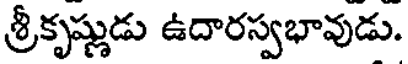
శ్రీకృష్ణుడు ఉదారస్వభావుడు.